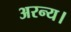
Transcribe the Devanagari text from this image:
अरन्य।